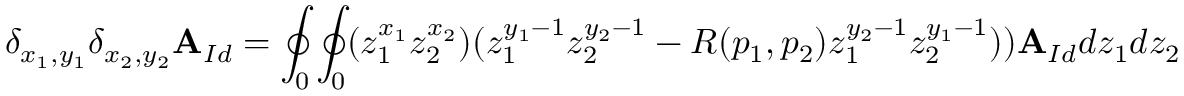
\delta _ { x _ { 1 } , y _ { 1 } } \delta _ { x _ { 2 } , y _ { 2 } } \mathbf { A } _ { I d } = \oint _ { 0 } \oint _ { 0 } ( z _ { 1 } ^ { x _ { 1 } } z _ { 2 } ^ { x _ { 2 } } ) ( z _ { 1 } ^ { y _ { 1 } - 1 } z _ { 2 } ^ { y _ { 2 } - 1 } - R ( p _ { 1 } , p _ { 2 } ) z _ { 1 } ^ { y _ { 2 } - 1 } z _ { 2 } ^ { y _ { 1 } - 1 } ) ) \mathbf { A } _ { I d } d z _ { 1 } d z _ { 2 }